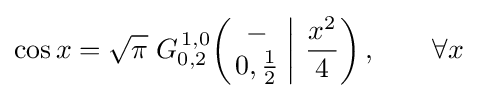
\cos x={\sqrt {\pi }}\;G_{0,2}^{\,1,0}\!\left(\left.{\begin{matrix}-\\0,{\frac {1}{2}}\end{matrix}}\;\right|\,{\frac {x^{2}}{4}}\right),\qquad \forall x